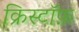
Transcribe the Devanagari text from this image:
क्रिस्टॉफ़